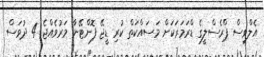
އެލްވިސް ޕްރެސްލީގެ ޑްރަމަރަކަށް މަސައްކަތް ކުރި ޑީޖޭ ފޮންޓޭނާ މަރުވެއްޖެ 4 ދުވަސް